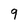
Character: 9